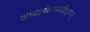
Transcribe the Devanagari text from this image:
शाब्दबोधसमीक्षणम्